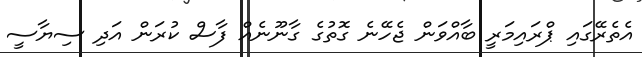
އެތެރޭގައި ޕްރައިމަރީ ބާއްވަން ޖެހޭނެ ގޮތުގެ ގާނޫނެއް ފާސް ކުރަން އަދި ސިޔާސީ